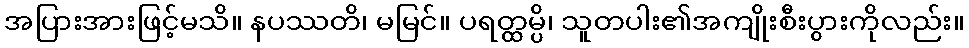
အပြားအားဖြင့်မသိ။ နပဿတိ၊ မမြင်။ ပရတ္ထမ္ပိ၊ သူတပါး၏အကျိုးစီးပွားကိုလည်း။